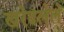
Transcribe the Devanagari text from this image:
खरेदलेले